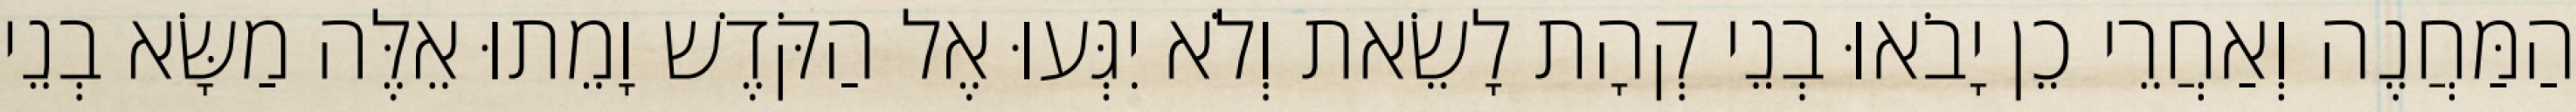
הַמַּחֲנֶה וְאַחֲרֵי כֵן יָבֹאוּ בְנֵי קְהָת לָשֵׂאת וְלֹא יִגְּעוּ אֶל הַקֹּדֶשׁ וָמֵתוּ אֵלֶּה מַשָּׂא בְנֵי